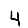
Digit: 4